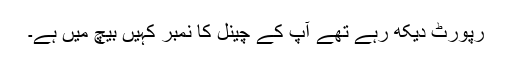
رپورٹ دیکھ رہے تھے آپ کے چینل کا نمبر کہیں بیچ میں ہے۔